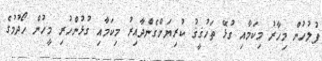
ފުލުހުން މިހާރު މިކަމާއި ގުޅޭ ތަހުޤީޤު ކުރިޔަށްގެންދާއިރު މިކަމާއި ގުޅުންހުރި މީހުން ހޯދުމުގެ